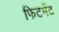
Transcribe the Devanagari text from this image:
फिटमेंट